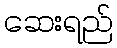
ဆေးရည်